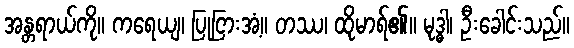
အန္တရာယ်ကို။ ကရေယျ၊ ပြုငြားအံ့။ တဿ၊ ထိုမာရ်၏။ မုဒ္ဓါ၊ ဦးခေါင်းသည်။